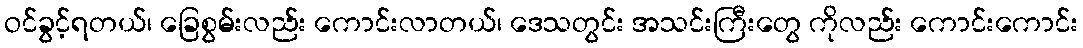
ဝင်ခွင့်ရတယ်၊ ခြေစွမ်းလည်း ကောင်းလာတယ်၊ ဒေသတွင်း အသင်းကြီးတွေ ကိုလည်း ကောင်းကောင်း